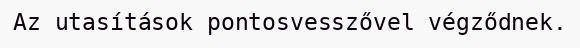
Az utasítások pontosvesszővel végződnek.